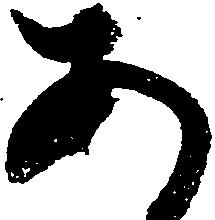
あ